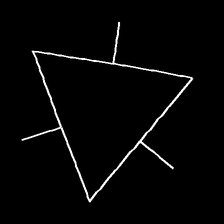
Glyph: fire